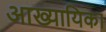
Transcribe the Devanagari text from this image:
अाख्यायिका